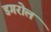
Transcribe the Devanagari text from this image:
डगरोल